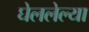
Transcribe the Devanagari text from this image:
घेललेल्या